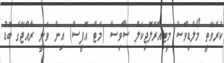
ކުރެވޭތީ މޯލްޑިވްސް މީޓިއޮރޮލޮޖިކަލް ސާވިސް (މެޓް އޮފީސް) އިން ވަނީ ރާއްޖޭގެ ބޮޑު